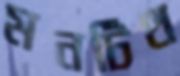
মনটিথ